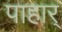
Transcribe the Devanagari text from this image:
पाहार्